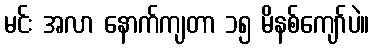
မင်း အလာ နောက်ကျတာ ၁၅ မိနစ်ကျော်ပဲ။